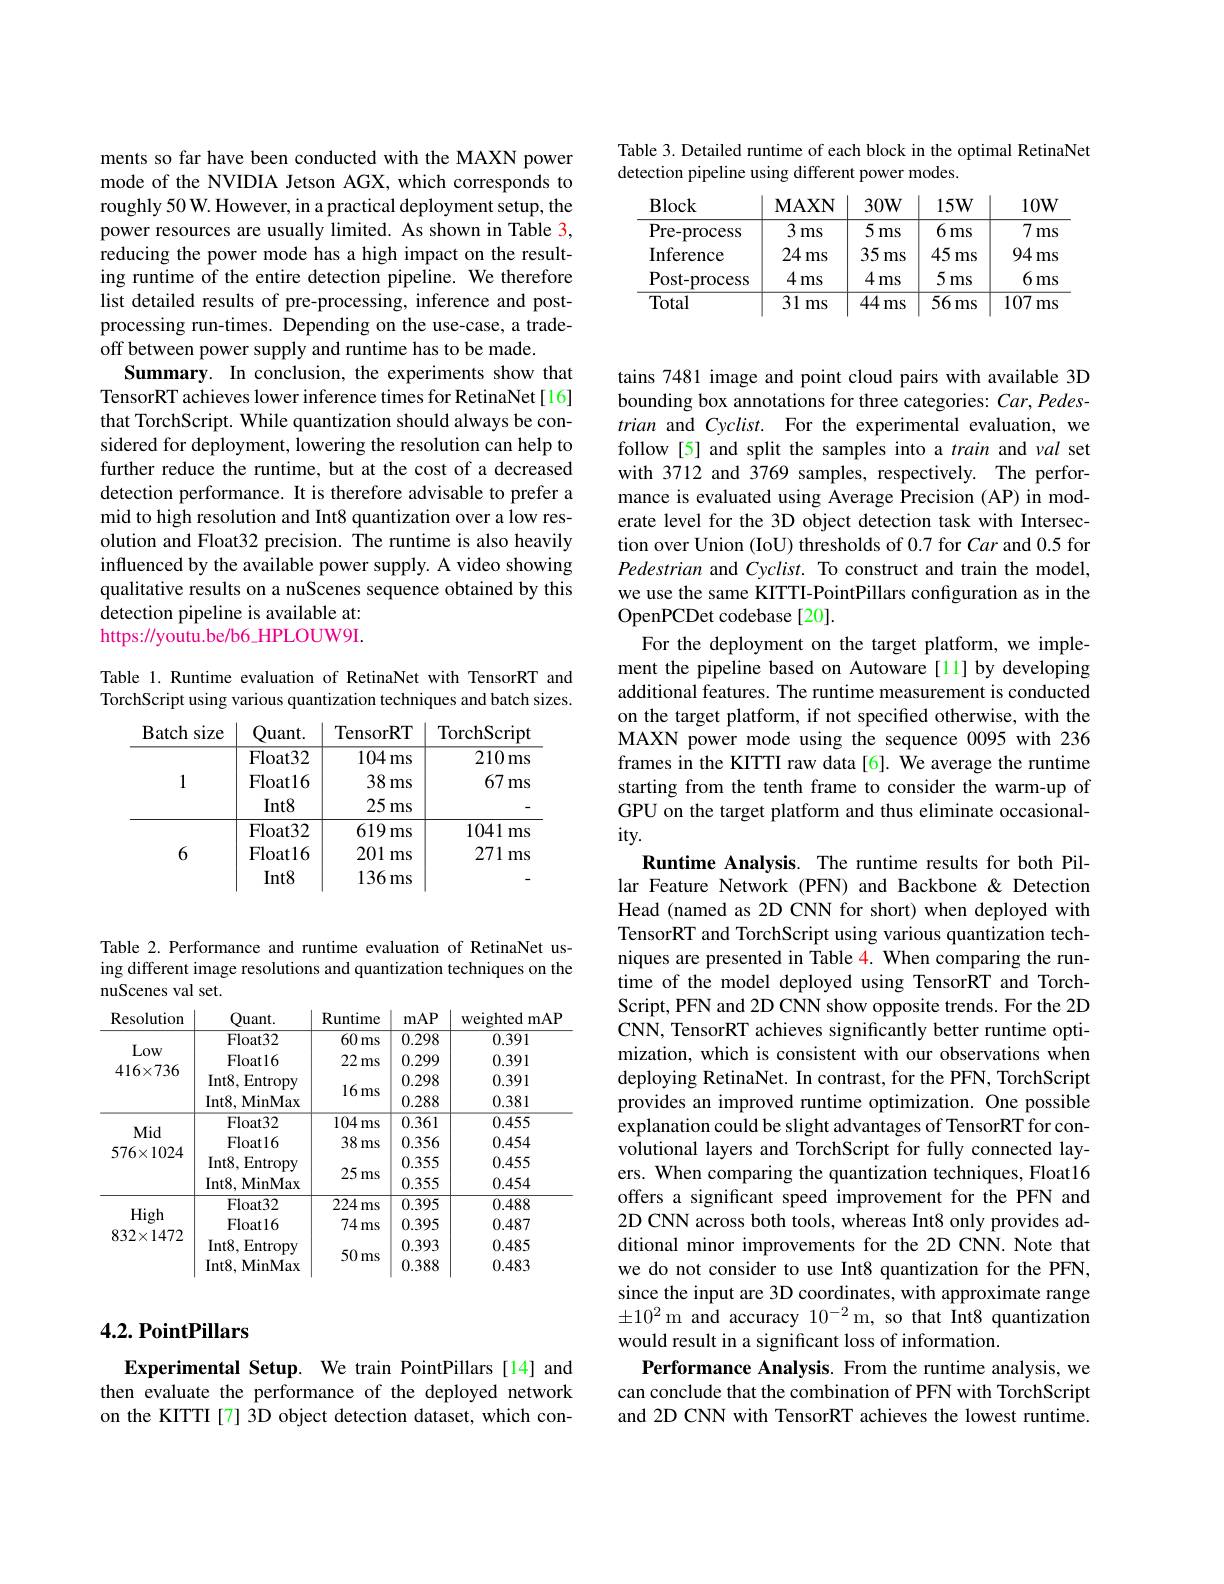
ments so far have been conducted with the MAXN power mode of the NVIDIA Jetson AGX, which corresponds to roughly 50 W. However, in a practical deployment setup, the power resources are usually limited. As shown in Table 3, reducing the power mode has a high impact on the resulting runtime of the entire detection pipeline. We therefore list detailed results of pre-processing, inference and postprocessing run-times. Depending on the use-case, a tradeoff between power supply and runtime has to be made.
Summary. In conclusion, the experiments show that TensorRT achieves lower inference times for RetinaNet[16] that TorchScript. While quantization should always be considered for deployment, lowering the resolution can help to further reduce the runtime, but at the cost of a decreased detection performance. It is therefore advisable to prefer a mid to high resolution and Int8 quantization over a low resolution and Float32 precision. The runtime is also heavily influenced by the available power supply. A video showing qualitative results on a nuScenes sequence obtained by this detection pipeline is available at: https://youtu.be/b6\_HPLOUW9I.

Table 1. Runtime evaluation of RetinaNet with TensorRT and TorchScript using various quantization techniques and batch sizes.

<table>
	<tbody>
		<tr>
			<th>$\mathbf{Batch}$ SIZe</th>
			<th>uant. </th>
			<th>TensorRT</th>
			<th>$\operatorname{TorchScript}$</th>
		</tr>
		<tr>
			<td>1</td>
			<td>${\mathrm{Float32}}$ ${\mathrm{Float}}16$ $Int8$</td>
			<td>104ms 38 ms $25ms$</td>
			<td>210r ms 67 ms</td>
		</tr>
		<tr>
			<td rowspan="1">6</td>
			<td>$Int8$</td>
			<td>136: ms</td>
			<td> </td>
		</tr>
	</tbody>
</table>

Table 2. Performance and runtime evaluation of RetinaNet using different image resolutions and quantization techniques on the nuScenes val set.

<table>
	<tbody>
		<tr>
			<th>Resolution</th>
			<th>Quant.</th>
			<th>Runtime</th>
			<th>mAP</th>
			<th>mAF weighted</th>
		</tr>
		<tr>
			<td> </td>
			<td>Float32</td>
			<td>60 ms</td>
			<td>0.298</td>
			<td>0.391</td>
		</tr>
		<tr>
			<td rowspan="3">Low $416\times736$</td>
			<td>Float16</td>
			<td>22 ms</td>
			<td>0.299</td>
			<td>0.391</td>
		</tr>
		<tr>
			<td>$Int8,I$ Entropy</td>
			<td> </td>
			<td>0.298</td>
			<td>0.391</td>
		</tr>
		<tr>
			<td>Int8, MinMax</td>
			<td>$10ms$</td>
			<td>0.288</td>
			<td>0.381</td>
		</tr>
		<tr>
			<td> </td>
			<td>Float32</td>
			<td>104 ms</td>
			<td>0.361</td>
			<td>0.455</td>
		</tr>
		<tr>
			<td rowspan="3">$576\times1024$</td>
			<td>Floatl6</td>
			<td>38 ms</td>
			<td>0.356</td>
			<td>0.454</td>
		</tr>
		<tr>
			<td>$Int8$, Entropy</td>
			<td rowspan="2">25 ms</td>
			<td>0.355</td>
			<td>0.455</td>
		</tr>
		<tr>
			<td>Int8, MinMax</td>
			<td>0.355</td>
			<td>0.454</td>
		</tr>
		<tr>
			<td> </td>
			<td>Float32</td>
			<td>224 ms</td>
			<td>0.395</td>
			<td>0.488</td>
		</tr>
		<tr>
			<td> </td>
			<td>Float16</td>
			<td>74r ms</td>
			<td>0.395</td>
			<td>0.487</td>
		</tr>
		<tr>
			<td rowspan="2">$832\times1472$</td>
			<td>$Int8,I$ Entropy</td>
			<td> </td>
			<td>0.393</td>
			<td>0.485</td>
		</tr>
		<tr>
			<td>Int8, MinMax</td>
			<td>$\mathcal{JUms}$</td>
			<td>0.388</td>
			<td>0.483</td>
		</tr>
	</tbody>
</table>

## 4.2. PointPillars

Experimental Setup. We train PointPillars[14] and then evaluate the performance of the deployed network on the KITTI[7] 3D object detection dataset, which con-

Table 3. Detailed runtime of each block in the optimal RetinaNet
detection pipeline using different power modes.

<table>
	<tbody>
		<tr>
			<th>Block</th>
			<th>$\mathbf{MAXN}$</th>
			<th>$30W$</th>
			<th>$15W$</th>
			<th>$10\mathbf{W}$</th>
		</tr>
		<tr>
			<td>Pre- process</td>
			<td>$\overline{3\mathrm{ms}}$</td>
			<td>51 ms</td>
			<td>6 ms</td>
			<td>7 ms</td>
		</tr>
		<tr>
			<td>Inference</td>
			<td>24 ms</td>
			<td>35 ms</td>
			<td>45 ms</td>
			<td>94ms</td>
		</tr>
		<tr>
			<td>Post- process</td>
			<td>$4ms$</td>
			<td>$4ms$ </td>
			<td>5 ms</td>
			<td>$6ms$</td>
		</tr>
		<tr>
			<td>Total</td>
			<td>31 ms</td>
			<td>44 ms</td>
			<td>56 ms </td>
			<td>107 ms</td>
		</tr>
	</tbody>
</table>

tains 7481 image and point cloud pairs with available 3D bounding box annotations for three categories: Car, Pedestrian and Cyclist. For the experimental evaluation, we follow [5] and split the samples into a train and val set with 3712 and 3769 samples, respectively. The performance is evaluated using Average Precision (AP) in moderate level for the 3D object detection task with Intersection over Union (IoU) thresholds of 0.7 for Car and 0.5 for Pedestrian and Cyclist. To construct and train the model, we use the same KITTI-PointPillars configuration as in the OpenPCDet codebase[20].
For the deployment on the target platform, we implement the pipeline based on Autoware [11] by developing additional features. The runtime measurement is conducted on the target platform, if not specified otherwise, with the MAXN power mode using the sequence 0095 with 236 frames in the KITTI raw data[6]. We average the runtime starting from the tenth frame to consider the warm-up of GPU on the target platform and thus eliminate occasional- $ity.$
Runtime Analysis. The runtime results for both Pillar Feature Network (PFN) and Backbone &Detection Head (named as 2D CNN for short) when deployed with TensorRT and TorchScript using various quantization techniques are presented in Table 4. When comparing the runtime of the model deployed using TensorRT and TorchScript, PFN and 2D CNN show opposite trends. For the 2D CNN, TensorRT achieves significantly better runtime optimization, which is consistent with our observations when deploying RetinaNet. In contrast, for the PFN, TorchScript provides an improved runtime optimization. One possible explanation could be slight advantages of TensorRT for convolutional layers and TorchScript for fully connected layers. When comparing the quantization techniques, Float16 offers a significant speed improvement for the PFN and 2D CNN across both tools, whereas Int8 only provides additional minor improvements for the 2D CNN. Note that we do not consider to use Int8 quantization for the PFN, since the input are 3D coordinates, with approximate range $\pm10^{2}$m and accuracy $10^-2$m, so that Int8 quantization would result in a significant loss of information.
Performance Analysis. From the runtime analysis, we can conclude that the combination of PFN with TorchScript and 2D CNN with TensorRT achieves the lowest runtime.